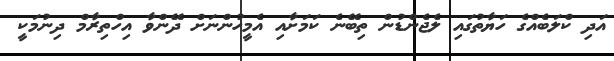
އަދި ކްލަބެއްގެ ހަޔާތުގައި ލެޖެންޑުން ތިބޭނެ ކަމަށާއި އެމީހުންނަށް ދޭންވާ އިހްތިރާމް ދިނުމަކީ